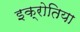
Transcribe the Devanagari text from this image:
इक्रोतिया